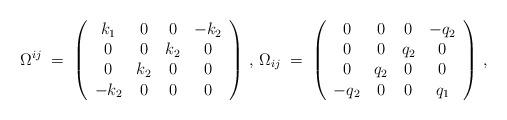
LaTeX: \begin{align*}\Omega^{ij} \;=\; \left( \begin{array}{cccc} k_1&0&0&-k_2 \\ 0&0&k_2&0 \\ 0&k_2&0&0 \\ -k_2&0&0&0 \end{array} \right) \, , \, \Omega_{ij} \;=\; \left( \begin{array}{cccc} 0&0&0&-q_2 \\ 0&0&q_2&0 \\ 0&q_2&0&0 \\ -q_2&0&0&q_1 \end{array}\right) \, ,\end{align*}